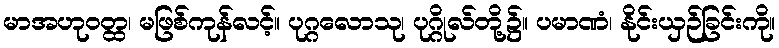
မာအဟုဝတ္ထ၊ မဖြစ်ကုန်လင့်။ ပုဂ္ဂလောသု၊ ပုဂ္ဂိုလ်တို့၌။ ပမာဏံ၊ နိုင်းယှဉ်ခြင်းကို။